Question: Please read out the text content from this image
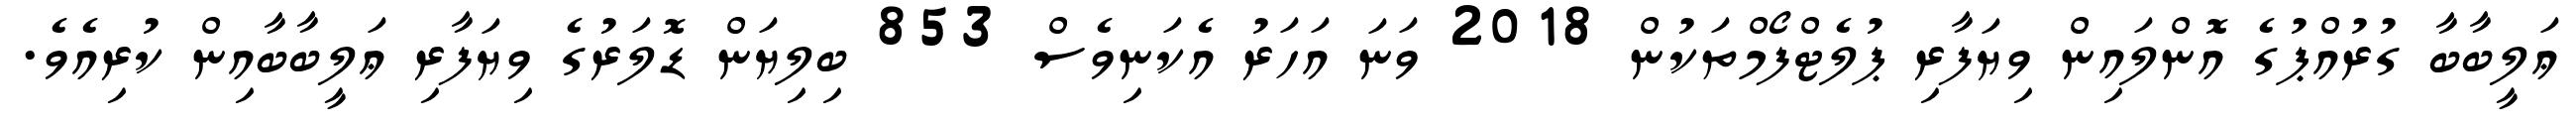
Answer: ޢަލީބާބާ ގުރުއްޕުގެ އޮންލައިން ވިޔަފާރި ޕުލެޓްފޯމްތަކުން 2018 ވަނަ އަހަރު އެކަނިވެސް 853 ބިލިޔަން ޑޮލަރުގެ ވިޔަފާރި ޢަލީބާބާއިން ކުރިއެވެ.